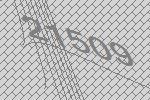
21509